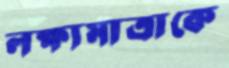
লক্ষ্যমাত্রাকে